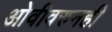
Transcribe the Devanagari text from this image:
ओवीवरुनही